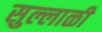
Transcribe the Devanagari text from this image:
सुल्लाळी